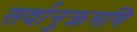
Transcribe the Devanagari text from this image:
सर्वानुक्रमणि